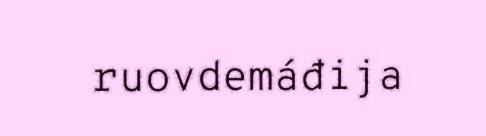
ruovdemáđija